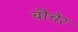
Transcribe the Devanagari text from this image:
बीचेर